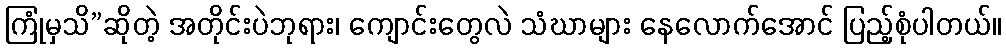
ကြုံမှသိ”ဆိုတဲ့ အတိုင်းပဲဘုရား၊ ကျောင်းတွေလဲ သံဃာများ နေလောက်အောင် ပြည့်စုံပါတယ်။